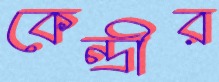
কেন্দ্রীর